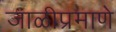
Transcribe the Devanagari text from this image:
जाळीप्रमाणे